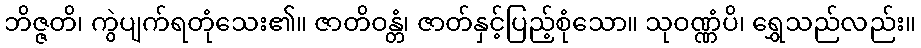
ဘိဇ္ဇတိ၊ ကွဲပျက်ရတုံသေး၏။ ဇာတိဝန္တံ၊ ဇာတ်နှင့်ပြည့်စုံသော။ သုဝဏ္ဏံပိ၊ ရွှေသည်လည်း။